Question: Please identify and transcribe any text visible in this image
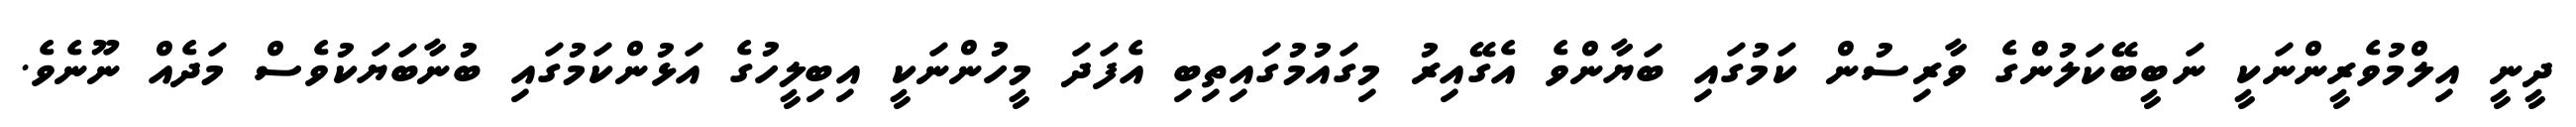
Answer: ދީނީ އިލްމުވެރީންނަކީ ނަބީބޭކަލުންގެ ވާރިސުން ކަމުގައި ބަޔާންވެ އެގޭއިރު މިގައުމުގައިތިބި އެފަދަ މީހުންނަކީ އިބިލީހުގެ އަޅުންކަމުގައި ބުނާބަޔަކުވެސް މަދެއް ނޫނެވެ.